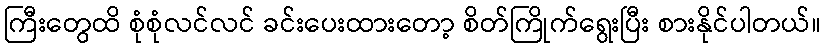
ကြီးတွေထိ စုံစုံလင်လင် ခင်းပေးထားတော့ စိတ်ကြိုက်ရွေးပြီး စားနိုင်ပါတယ်။